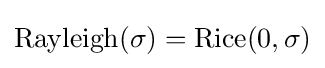
\mathrm {Rayleigh} (\sigma )=\mathrm {Rice} (0,\sigma )